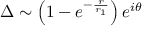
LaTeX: \Delta \sim \left( 1 - e ^ { - \frac r { r _ { 1 } } } \right) e ^ { i \theta }